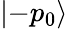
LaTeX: |{-p_{0}}\rangle